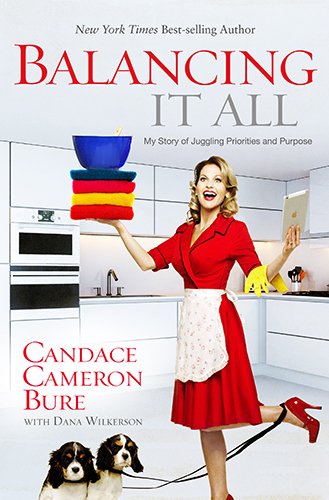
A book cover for Balancing It All: My Story of Juggling Priorities and Purpose; Candace Cameron Bure; Biographies & Memoirs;